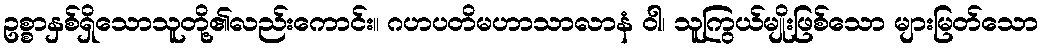
ဥစ္စာနှစ်ရှိသောသူတို့၏လည်းကောင်း။ ဂဟပတိမဟာသာလာနံ ဝါ၊ သူကြွယ်မျိုးဖြစ်သော များမြတ်သော